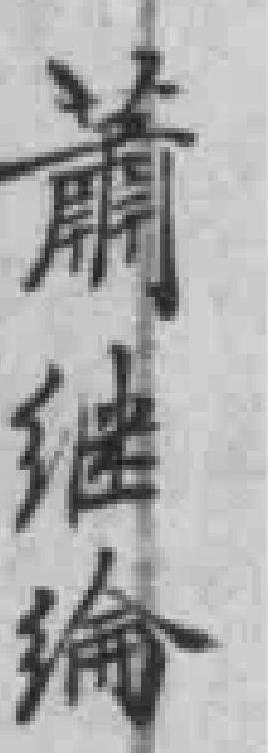
蕭继綸